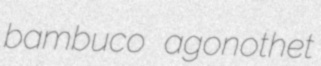
bambuco agonothet